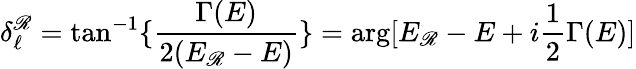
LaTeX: \delta_{\ell}^{\mathscr{R}}=\tan^{-1}\{ {\frac{{\Gamma(E)}}{{2(E_{\mathscr{R}}-E)}}}\} =\arg[E_{\mathscr{R}}-E+i{\frac{{1}}{{2}}}\Gamma(E)]